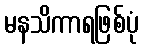
မနသိကာရဖြစ်ပုံ